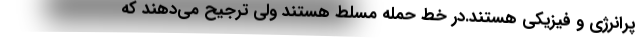
پرانرژی و فیزیکی هستند.در خط حمله مسلط هستند ولی ترجیح می‌دهند که